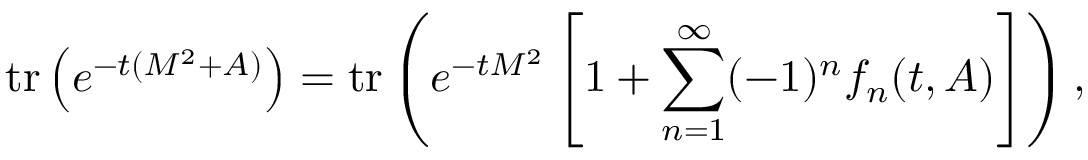
\mathrm { t r } \left( e ^ { - t ( { \cal M } ^ { 2 } + A ) } \right) = \mathrm { t r } \left( e ^ { - t { \cal M } ^ { 2 } } \left[ 1 + \sum _ { n = 1 } ^ { \infty } ( - 1 ) ^ { n } f _ { n } ( t , A ) \right] \right) ,